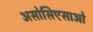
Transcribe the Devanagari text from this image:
असोसिएसाओ